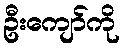
ဦးကျော်ကို